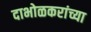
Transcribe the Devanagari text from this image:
दाभोळकरांच्या